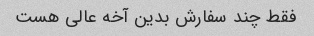
فقط چند سفارش بدین آخه عالی هست